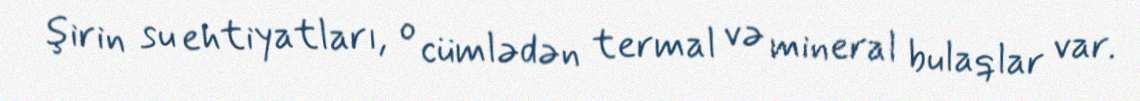
şirin su ehtiyatları, o cümlədən termal və mineral bulaqlar var.